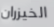
الخيزران